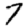
Digit: 7